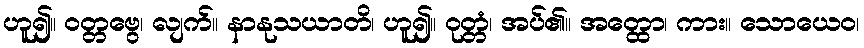
ဟူ၍။ ဝတ္တဗွေ၊ လျက်။ နာနုသယာတိ၊ ဟူ၍။ ဝုတ္တံ၊ အပ်၏။ အတ္ထော၊ ကား။ သောယေဝ၊